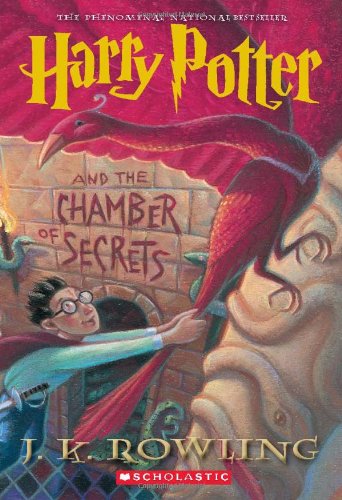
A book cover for Harry Potter And The Chamber Of Secrets; J. K. Rowling; Teen & Young Adult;